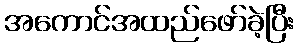
အကောင်အထည်ဖော်ခဲ့ပြီး